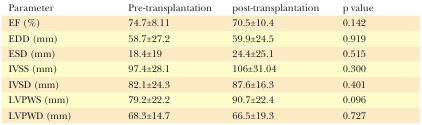
| Parameter | Pre-transplantation | post-transplantation | p value |
 | --- | --- | --- | --- |
 | EF (%) | 74.7±8.11 | 70.5±10.4 | 0.142 |
 | EDD (mm) | 58.7±27.2 | 59.9±24.5 | 0.919 |
 | ESD (mm) | 18.4±19 | 24.4±25.1 | 0.515 |
 | IVSS (mm) | 97.4±28.1 | 106±31.04 | 0.300 |
 | IVSD (mm) | 82.1±24.3 | 87.6±16.3 | 0.401 |
 | LVPWS (mm) | 79.2±22.2 | 90.7±22.4 | 0.096 |
 | LVPWD (mm) | 68.3±14.7 | 66.5±19.3 | 0.727 |